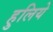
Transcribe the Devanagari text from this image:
हुलिये